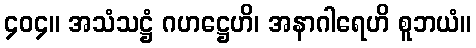
၄၀၄။ အသံသဋ္ဌံ ဂဟဋ္ဌေဟိ၊ အနာဂါရေဟိ စူဘယံ။